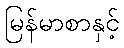
မြန်မာစာနှင့်